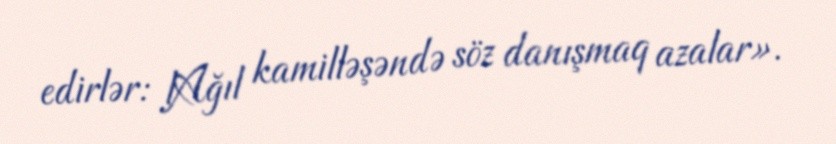
edirlər: lAğıl kamilləşəndə söz danışmaq azalar».